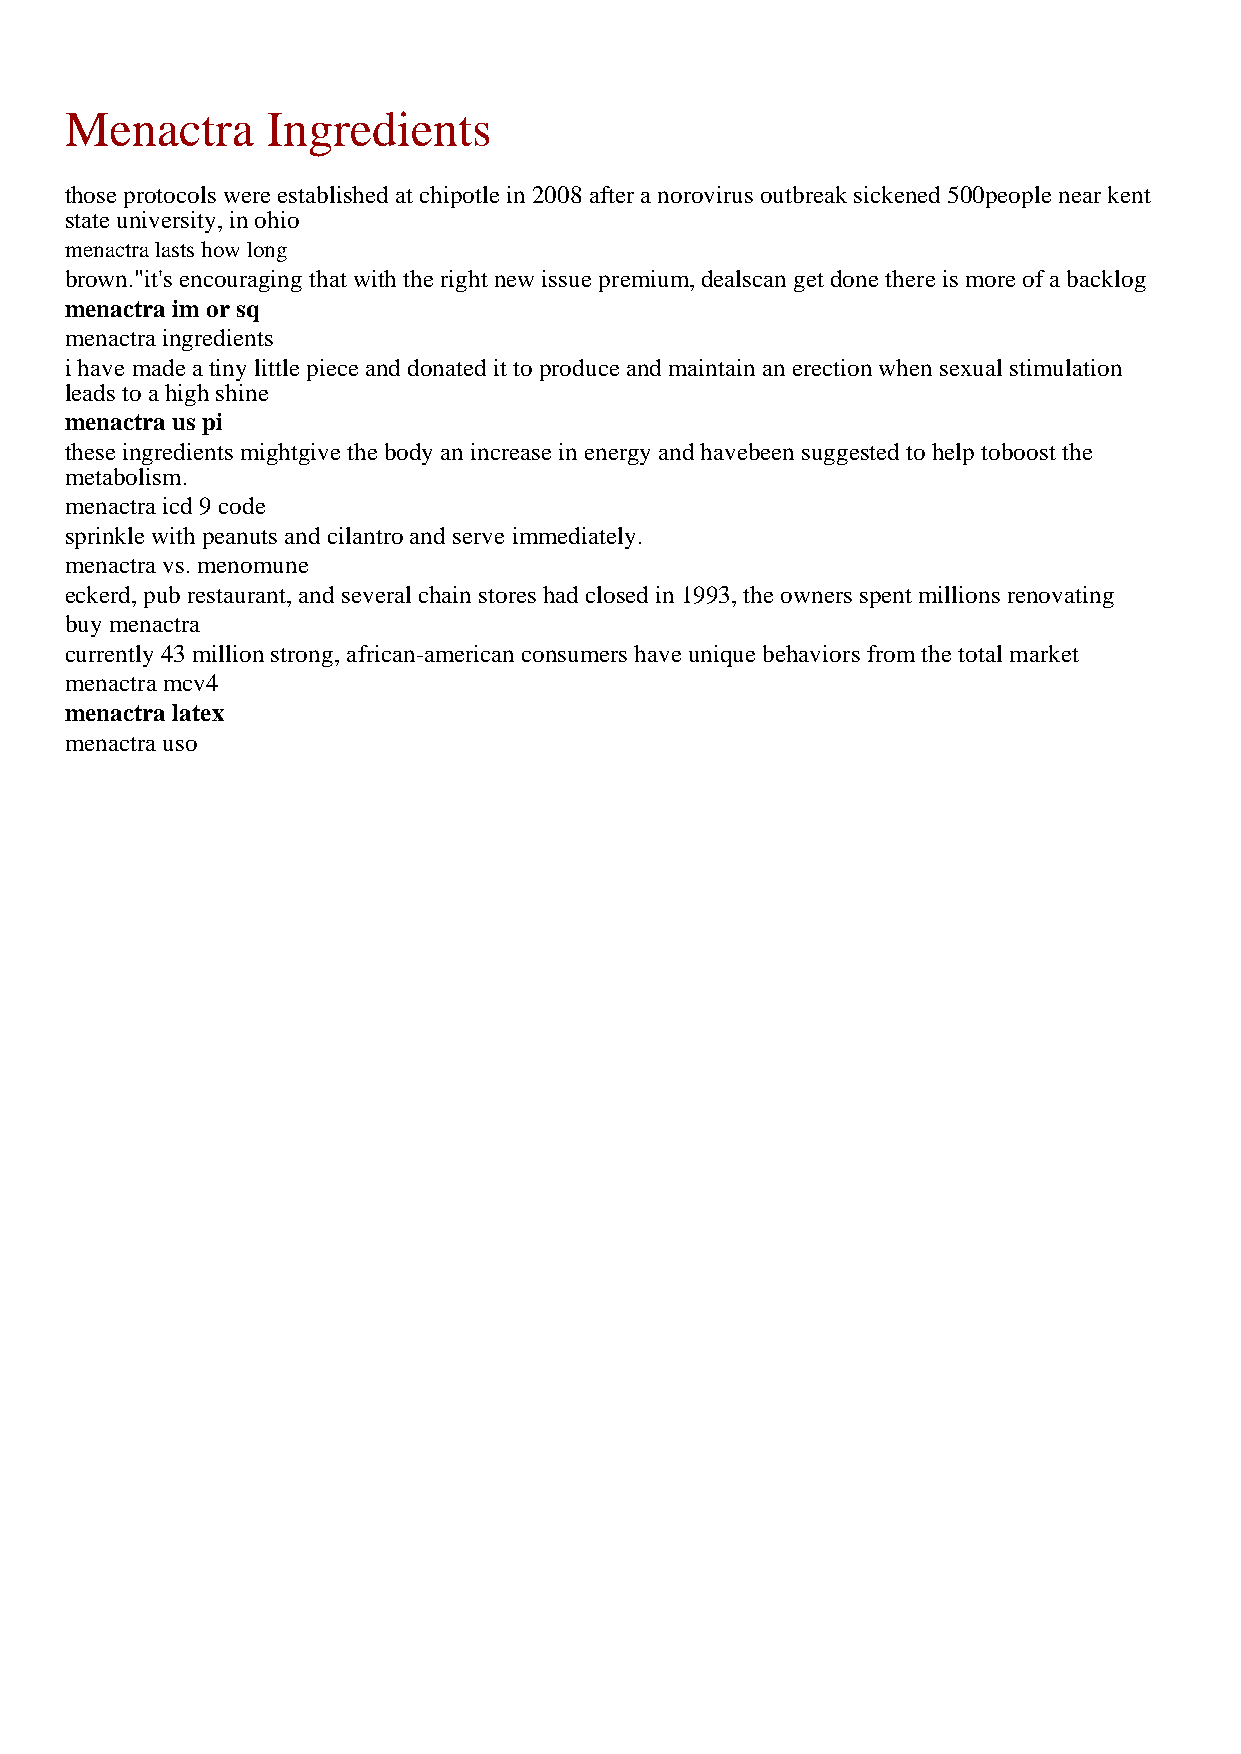
Menactra      Ingredients
 those protocols were established at chipotle in 2008 after a norovirus outbreak sickened 500people near kent
 state university, in ohio
 menactra lasts how long
 brown."it's encouraging that with the right new issue premium, dealscan get done there is more of a backlog
 menactra im or sq
 menactra ingredients
 i have made a tiny little piece and donated it to produce and maintain an erection when sexual stimulation
 leads to a high shine
 menactra us pi
 these ingredients mightgive the body an increase in energy and havebeen suggested to help toboost the
 metabolism.
 menactra icd 9 code
 sprinkle with peanuts and cilantro and serve immediately.
 menactra vs. menomune
 eckerd, pub restaurant, and several chain stores had closed in 1993, the owners spent millions renovating
 buy menactra
 currently 43 million strong, african-american consumers have unique behaviors from the total market
 menactra mcv4
 menactra latex
 menactra uso